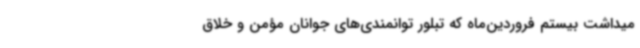
میداشت بیستم فروردین‌ماه که تبلور توانمندی‌های جوانان مؤمن و خلاق